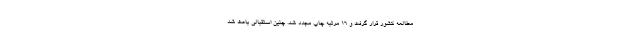
مطالعه کشور قرار گرفت و 16 مرتبه چاپ مجدد شد. چنین استقبالی باعث شد